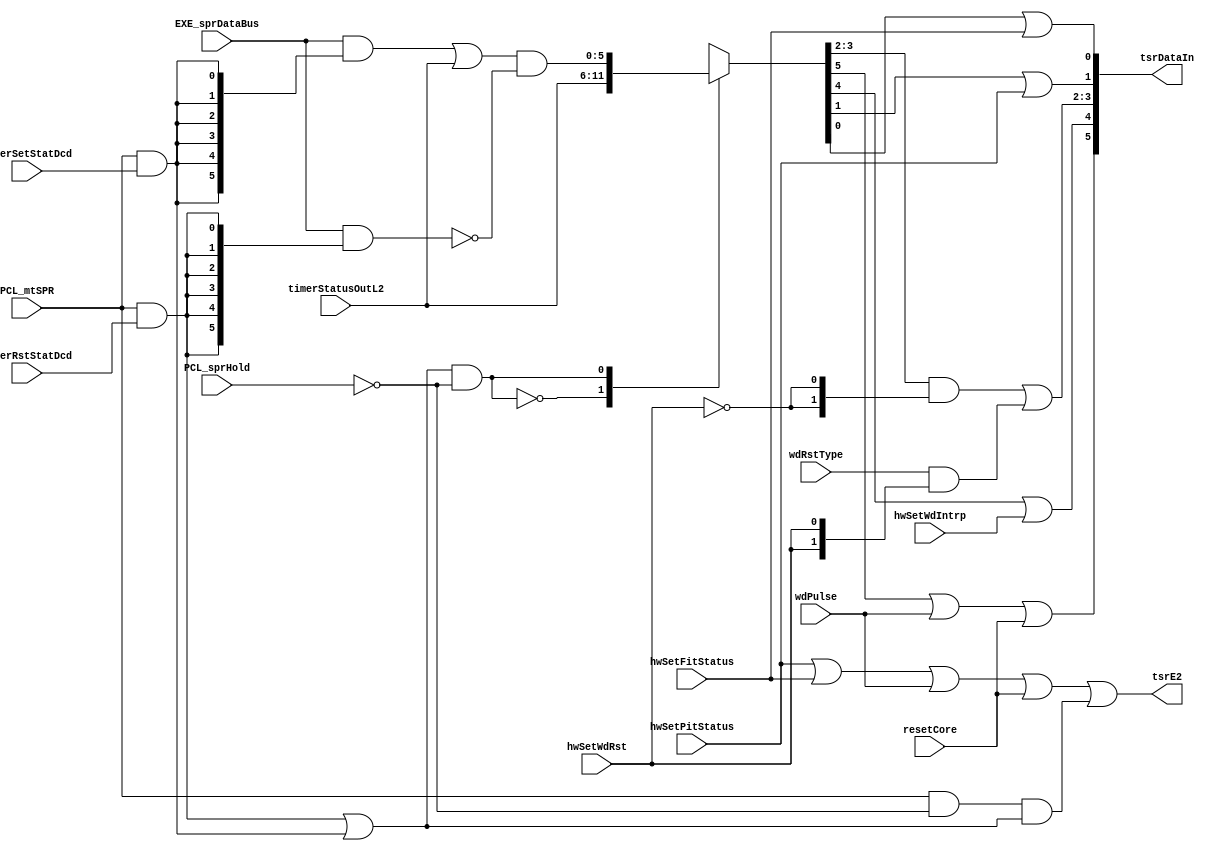
// 
// ************************************************************************** 
// 
//  Copyright (c) International Business Machines Corporation, 2005. 
// 
//  This file contains trade secrets and other proprietary and confidential 
//  information of International Business Machines Corporation which are 
//  protected by copyright and other intellectual property rights and shall 
//  not be reproduced, transferred to other documents, disclosed to others, 
//  or used for any purpose except as specifically authorized in writing by 
//  International Business Machines Corporation. This notice must be 
//  contained as part of this text at all times. 
// 
// ************************************************************************** 
//
module p405s_timerStatusEqs (
                             tsrDataIn, 
                             tsrE2, 
 	                           PCL_mtSPR, 
 	                           PCL_sprHold, 
                             hwSetWdIntrp, 
 	                           hwSetFitStatus, 
 	                           hwSetPitStatus, 
                             wdRstType, 
 	                           hwSetWdRst, 
 	                           EXE_sprDataBus, 
                             timerRstStatDcd, 
 	                           timerSetStatDcd, 
 	                           timerStatusOutL2, 
 	                           wdPulse, 
 	                           resetCore
 	                           );
   
output [0:5] tsrDataIn;
output tsrE2;

input PCL_mtSPR;
input PCL_sprHold;
input hwSetWdIntrp;
input hwSetFitStatus;
input hwSetPitStatus;
input [0:1] wdRstType;
input hwSetWdRst;
input [0:5] EXE_sprDataBus;
input timerRstStatDcd;
input timerSetStatDcd;
input [0:5] timerStatusOutL2;
input wdPulse;
input resetCore;

reg [0:5] codeMux;
    
wire codeSetAccess, codeRstAccess, hwSet, selCodePath;
wire [0:5] codeSet, codeRst, codePath;

always @(selCodePath or codePath or timerStatusOutL2)
  casez(selCodePath)
    1'b0: codeMux = timerStatusOutL2;
    1'b1: codeMux = codePath;
    default : codeMux = 6'bxxxxx;
  endcase
  
assign codeSetAccess = PCL_mtSPR & timerSetStatDcd;

assign codeRstAccess = PCL_mtSPR & timerRstStatDcd;

assign codeSet[0:5] = EXE_sprDataBus[0:5] & ({6{codeSetAccess}});

assign codeRst[0:5] = EXE_sprDataBus[0:5] & ({6{codeRstAccess}});

assign selCodePath = (codeRstAccess | codeSetAccess) & ~PCL_sprHold;

assign codePath[0:5] = (codeSet[0:5] | timerStatusOutL2[0:5]) & ~codeRst[0:5];

assign hwSet = hwSetPitStatus | hwSetFitStatus | wdPulse | resetCore;

assign tsrE2 = hwSet | (PCL_mtSPR & ~PCL_sprHold & (codeSetAccess | 
               codeRstAccess));

assign tsrDataIn[0] = (codeMux[0] | wdPulse | resetCore);

assign tsrDataIn[1] = (codeMux[1] | hwSetWdIntrp);

assign tsrDataIn[2:3] = (codeMux[2:3] & {2{~hwSetWdRst}}) |
			(wdRstType & {2{hwSetWdRst}});

assign tsrDataIn[4] = (codeMux[4] | hwSetPitStatus);

assign tsrDataIn[5] = (codeMux[5] | hwSetFitStatus);

endmodule